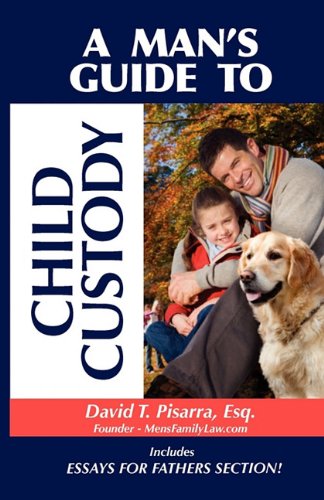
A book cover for A Man's Guide to Child Custody; David T. Pisarra; Law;